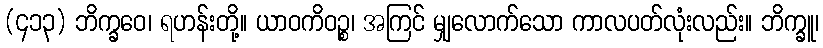
(၄၁၃) ဘိက္ခဝေ၊ ရဟန်းတို့။ ယာဝကိဝဉ္စ၊ အကြင် မျှလောက်သော ကာလပတ်လုံးလည်း။ ဘိက္ခူ၊